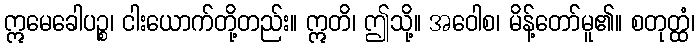
ဣမေခေါပဉ္စ၊ ငါးယောက်တို့တည်း။ ဣတိ၊ ဤသို့။ အဝေါစ၊ မိန့်တော်မူ၏။ စတုတ္ထံ၊